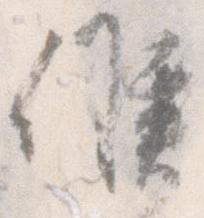
候